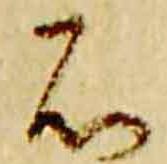
石